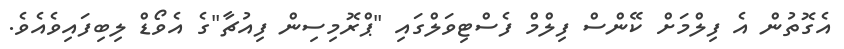
އެގޮތުން އެ ފިލްމަށް ކޭންސް ފިލްމް ފެސްޓިވަލްގައި "ޕްރޮމިސިން ފިއުޗާ"ގެ އެވޯޑް ލިބިފައިވެއެވެ.